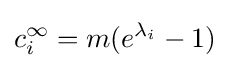
c_{i}^{\infty }=m(e^{\lambda _{i}}-1)